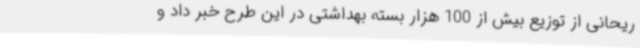
ریحانی از توزیع بیش از 100 هزار بسته بهداشتی در این طرح خبر داد و